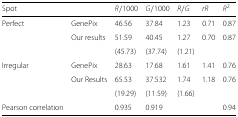
| Spot |  | R/1000 | G/1000 | R/G | rR | R2 |
 | --- | --- | --- | --- | --- | --- | --- |
 | Perfect | GenePix | 46.56 | 37.84 | 1.23 | 0.71 | 0.87 |
 |  | Our results | 51.59 | 40.45 | 1.27 | 0.70 | 0.87 |
 |  |  | (45.73) | (37.74) | (1.21) |  |  |
 | Irregular | GenePix | 28.63 | 17.68 | 1.61 | 1.41 | 0.76 |
 |  | Our Results | 65.53 | 37.532 | 1.74 | 1.18 | 0.76 |
 |  |  | (19.29) | (11.59) | (1.66) |  |  |
 | Pearson correlation |  | 0.935 | 0.919 |  |  | 0.94 |